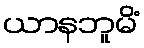
ယာနဘူမိံ